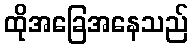
ထိုအခြေအနေသည်